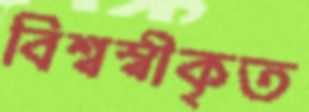
বিশ্বস্বীকৃত